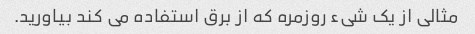
مثالی از یک شیء روزمره که از برق استفاده می کند بیاورید.